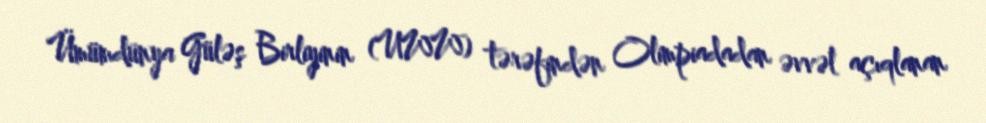
Ümümdünya Güləş Birliyinin (UWW) tərəfindən Olimpiadadan əvvəl açıqlanan